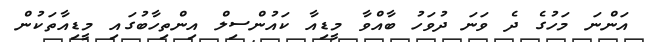
އަންނަ މަހުގެ ދެ ވަނަ ދުވަހު ބާއްވާ މީޑިއާ ކައުންސިލް އިންތިހާބުގައި މީޑިއާތަކުން